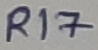
Text: R17